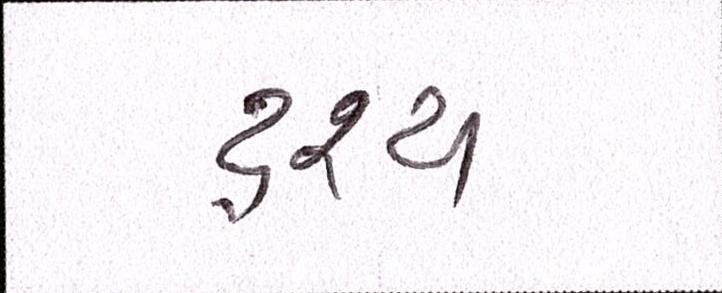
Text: દ્રશ્યઃ